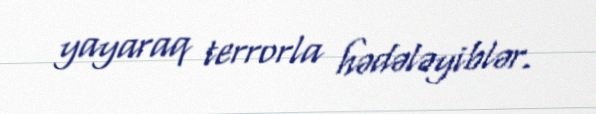
yayaraq terrorla hədələyiblər.